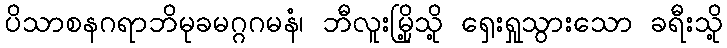
ပိသာစနဂရာဘိမုခမဂ္ဂဂမနံ၊ ဘီလူးမြို့သို့ ရှေးရှုသွားသော ခရီးသို့